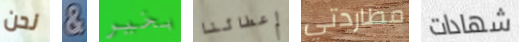
نحن & بخير إعطائنا مطاردتي شهادات